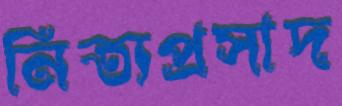
নিত্যপ্রসাদ